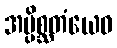
အပ္ပိစ္ဆတံယေဝ